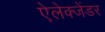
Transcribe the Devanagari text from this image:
ऐलेक्जेंडर